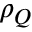
\rho _ { Q }